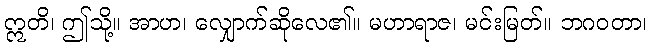
ဣတိ၊ ဤသို့။ အာဟ၊ လျှောက်ဆိုလေ၏။ မဟာရာဇ၊ မင်းမြတ်။ ဘဂဝတာ၊